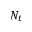
N _ { t }